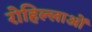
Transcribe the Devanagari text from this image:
रोहिल्लाओं